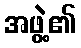
အဖွဲ့၏